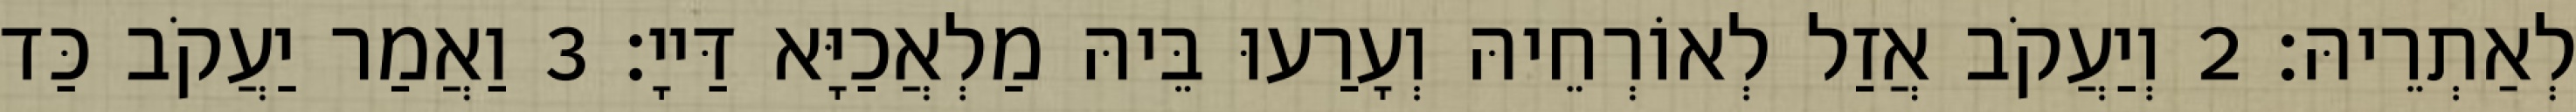
לְאַתְרֵיהּ׃ 2 וְיַעֲקֹב אֲזַל לְאוֹרְחֵיהּ וְעָרַעוּ בֵּיהּ מַלְאֲכַיָּא דַּייָ׃ 3 וַאֲמַר יַעֲקֹב כַּד